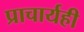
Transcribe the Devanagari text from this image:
प्राचार्यही